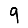
Digit: 9